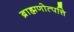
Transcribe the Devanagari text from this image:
ब्राह्मणोत्पत्ति